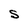
Character: S